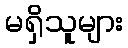
မရှိသူများ